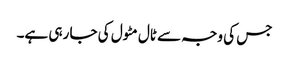
جس کی وجہ سے ٹال مٹول کی جا رہی ہے۔